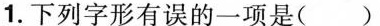
1.下列字形有误的一项是( )